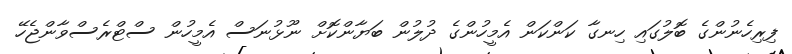
ފިރިހެނުންގެ ބޮލުގައި ހިނގާ ކަންކަން އެމީހުންގެ ދުލުން ބަޔާންކޮށް ނޫޅުނަސް އެމީހުން ސްޓްރެސްވާންޖެހޭ